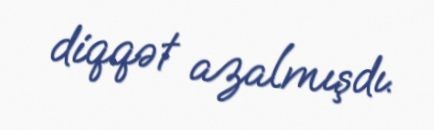
diqqət azalmışdı.